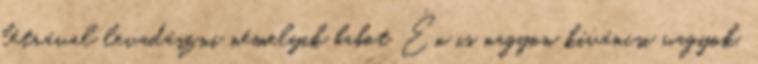
létrával levadászni némelyik babot Én is nagyon kíváncsi vagyok,